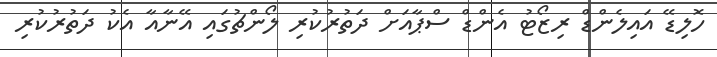
ހޮލިޑޭ އައިލެންޑް ރިޒޯޓު އެންޑް ސްޕާއަށް ދަތުރުކުރި ލޯންޗުގައި އޭނާއާ އެކު ދަތުރުކުރި